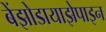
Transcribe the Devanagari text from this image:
बेंझोडायाझेपाइन